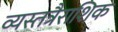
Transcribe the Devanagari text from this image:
व्यस्तत्रैराशिक